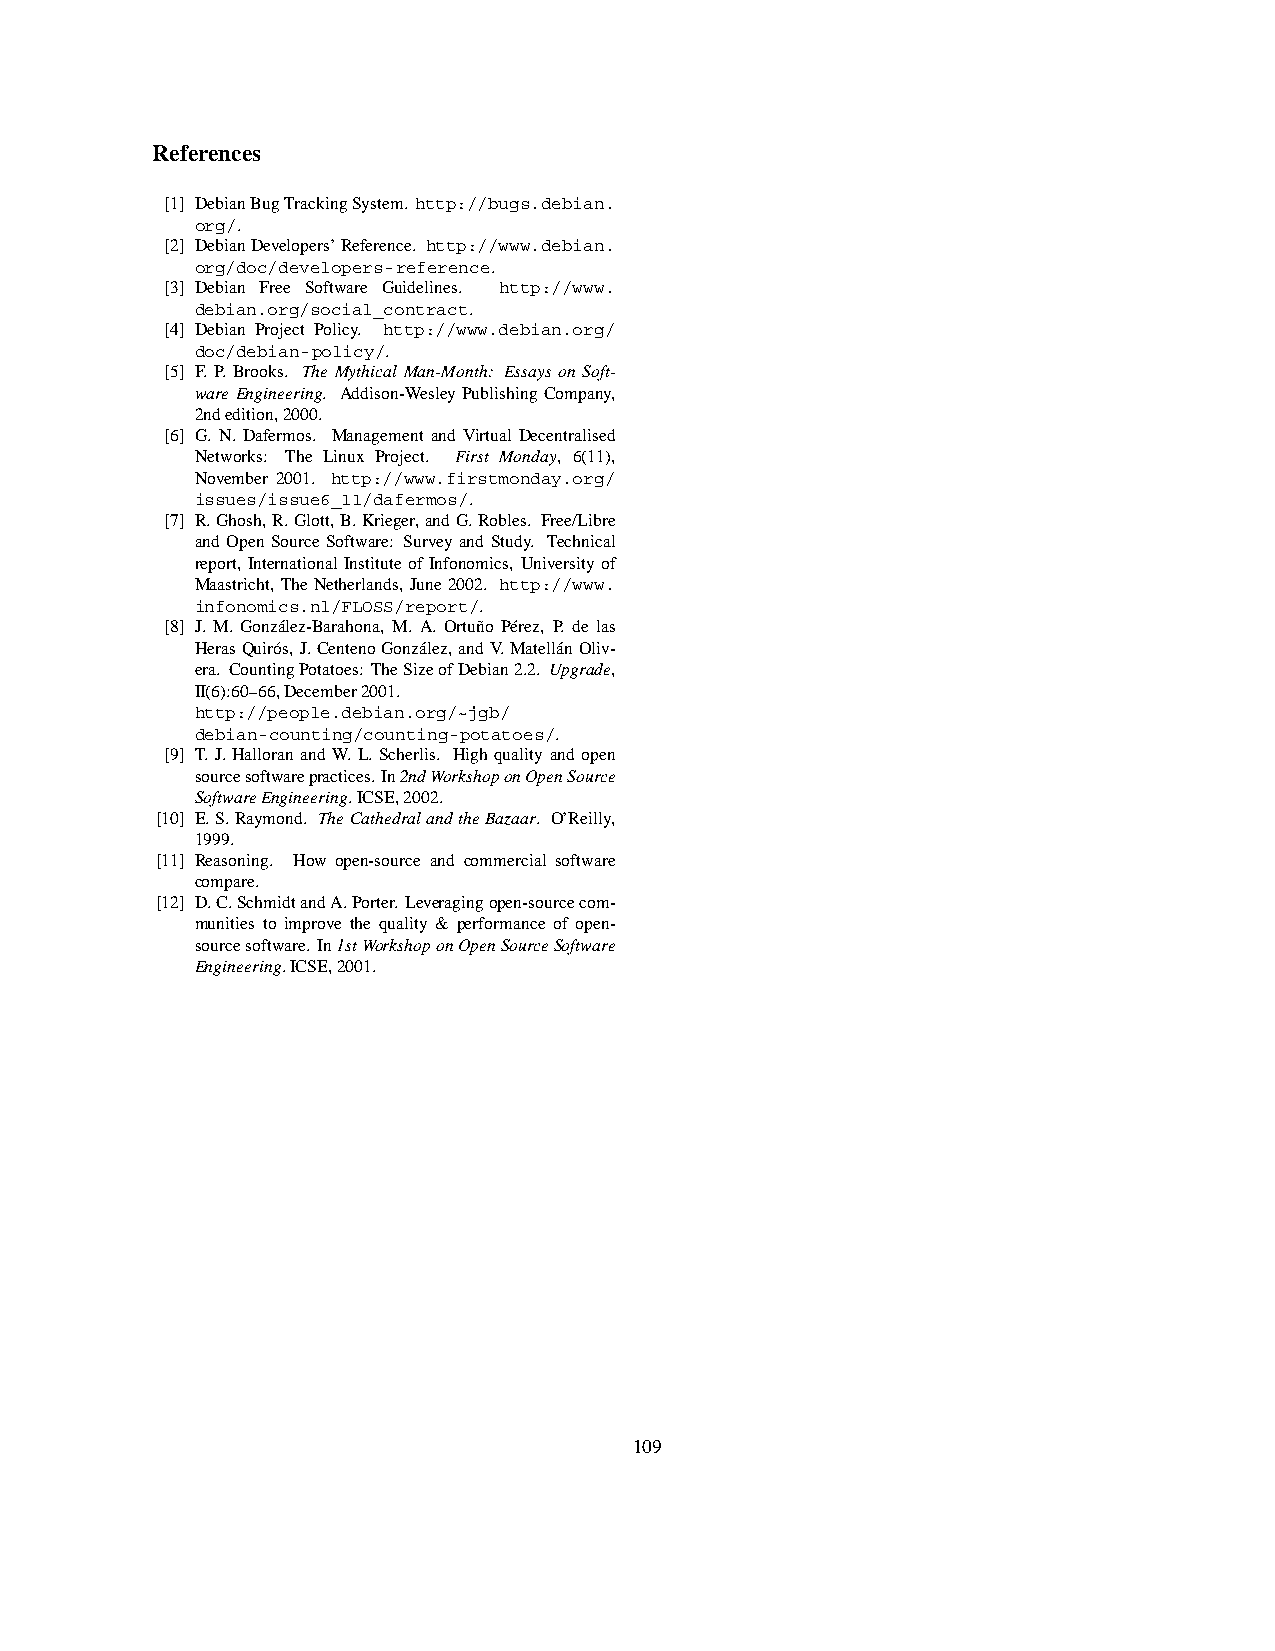
References
 [1] DebianBugTrackingSystem. http://bugs.debian.
 org/.
 [2] DebianDevelopers’Reference. http://www.debian.
 org/doc/developers-reference.
 [3] Debian Free Software Guidelines. http://www.
 debian.org/social_contract.
 [4] Debian Project Policy. http://www.debian.org/
 doc/debian-policy/.
 [5] F. P. Brooks. The Mythical Man-Month: Essays on Soft-
 ware Engineering. Addison-Wesley Publishing Company,
 2ndedition,2000.
 [6] G. N. Dafermos. Management and Virtual Decentralised
 Networks: The Linux Project. First Monday, 6(11),
 November 2001. http://www.firstmonday.org/
 issues/issue6_11/dafermos/.
 [7] R.Ghosh,R.Glott,B.Krieger,andG.Robles. Free/Libre
 and Open Source Software: Survey and Study. Technical
 report, International Institute of Infonomics, University of
 Maastricht, TheNetherlands, June2002. http://www.
 infonomics.nl/FLOSS/report/.
 [8] J. M. González-Barahona, M. A. Ortuño Pérez, P. de las
 HerasQuirós,J.CentenoGonzález,andV.MatellánOliv-
 era. CountingPotatoes: TheSizeofDebian2.2. Upgrade,
 II(6):60–66,December2001.
 http://people.debian.org/~jgb/
 debian-counting/counting-potatoes/.
 [9] T. J. Halloran and W. L. Scherlis. High quality and open
 sourcesoftwarepractices.In2ndWorkshoponOpenSource
 SoftwareEngineering.ICSE,2002.
 [10] E.S.Raymond. TheCathedralandtheBazaar. O’Reilly,
 1999.
 [11] Reasoning. How open-source and commercial software
 compare.
 [12] D.C.SchmidtandA.Porter. Leveragingopen-sourcecom-
 munities to improve the quality & performance of open-
 sourcesoftware. In1stWorkshoponOpenSourceSoftware
 Engineering.ICSE,2001.
 109